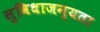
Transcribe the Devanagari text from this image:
सुविधाजन्यता